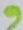
Text: 9